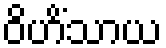
ဝိဟိံသာယ